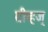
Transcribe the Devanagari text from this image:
ग्रीव्हज्